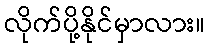
လိုက်ပို့နိုင်မှာလား။